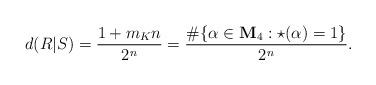
LaTeX: \begin{align*}d(R|S)= \frac{1 + m_Kn}{2^n}=\frac{\#\{\alpha\in \mathbf{M}_4: \star(\alpha)=1\}}{2^n}.\end{align*}